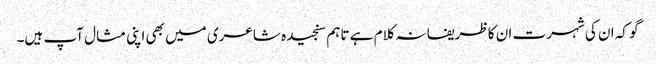
گو کہ ان کی شہرت ان کا ظریفانہ کلام ہے تاہم سنجیدہ شاعری میں بھی اپنی مثال آپ ہیں۔